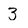
Character: 3